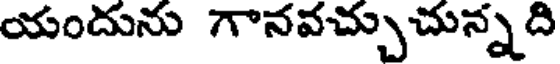
యందును గానవచ్చుచున్నది